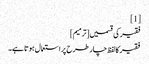
[1]
فقیر کی قسمیں[ترمیم]
فقیر کا لفظ چار طرح پر استعمال ہوتا ہے۔